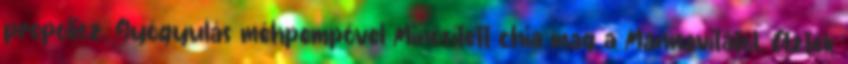
propolisz. Gyógyulás méhpempővel Minősített chia mag a Mannavitától. Azték